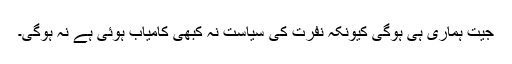
جیت ہماری ہی ہوگی کیونکہ نفرت کی سیاست نہ کبھی کامیاب ہوئی ہے نہ ہوگی۔